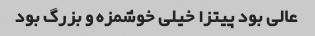
عالی بود پیتزا خیلی خوشمزه و بزرگ بود